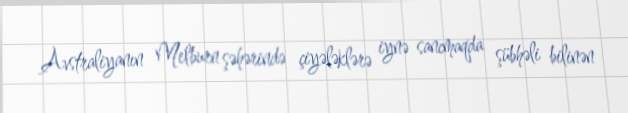
Avstraliyanın Melburn şəhərində çiyələklərə iynə sancmaqda şübhəli bilinən